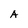
Character: A